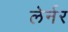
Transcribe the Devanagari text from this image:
लेर्नर